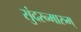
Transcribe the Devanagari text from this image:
सुंदरन्मारुम्